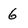
Character: 6